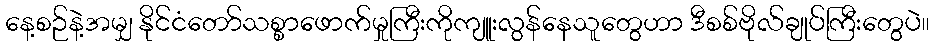
နေ့စဉ်နဲ့အမျှ နိုင်ငံတော်သစ္စာဖောက်မှုကြီးကိုကျူးလွန်နေသူတွေဟာ ဒီစစ်ဗိုလ်ချုပ်ကြီးတွေပဲ။